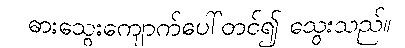
ဓားသွေးကျောက်ပေါ်တင်၍ သွေးသည်။